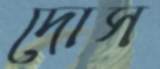
দোস